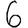
Digit: 6